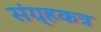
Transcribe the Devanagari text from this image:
संग्र्हकत्र